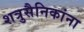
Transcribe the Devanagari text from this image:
शत्रुसैनिकांना